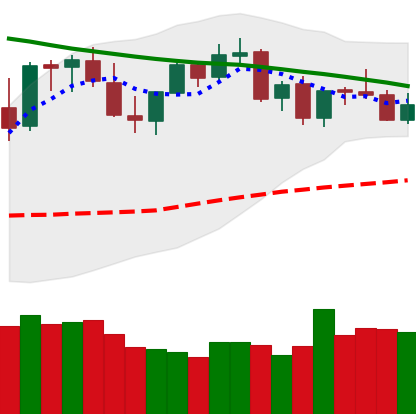
Ticker: LTC-USD
Chart end date: 2021-08-31
Forward return: 34.764%
Label: up_7plus